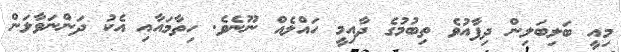
މިއީ ބަލިބަލިން ދިފާއުވެ ތިބުމުގެ ދާއިމީ ހައްލެއް ނޫނެވެ. ހިތާމައާއި އެކު ދަންނަވާލަން